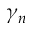
\gamma _ { n }